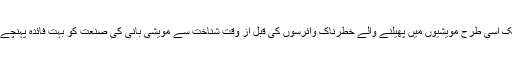
ٹھیک اسی طرح مویشیوں میں پھیلنے والے خطرناک وائرسوں کی قبل از وقت شناخت سے مویشی بانی کی صنعت کو بہت فائدہ پہنچے گا۔